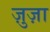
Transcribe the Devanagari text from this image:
ज़ुज़ा